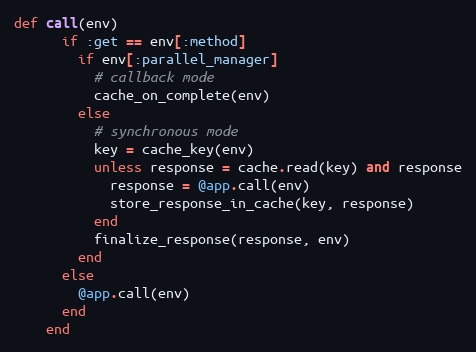
Language: Ruby
def call(env)
      if :get == env[:method]
        if env[:parallel_manager]
          # callback mode
          cache_on_complete(env)
        else
          # synchronous mode
          key = cache_key(env)
          unless response = cache.read(key) and response
            response = @app.call(env)
            store_response_in_cache(key, response)
          end
          finalize_response(response, env)
        end
      else
        @app.call(env)
      end
    end